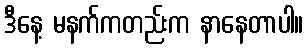
ဒီနေ့ မနက်ကတည်းက နာနေတာပါ။